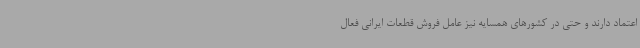
اعتماد دارند و حتی در کشورهای همسایه نیز عامل فروش قطعات ایرانی فعال